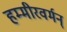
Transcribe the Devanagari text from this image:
हम्मीरवर्मन्